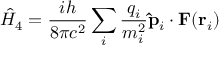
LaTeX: { \hat { H } } _ { 4 } = { \frac { i h } { 8 \pi c ^ { 2 } } } \sum _ { i } { \frac { q _ { i } } { m _ { i } ^ { 2 } } } \mathbf { \hat { p } } _ { i } \cdot \mathbf { F } ( \mathbf { r } _ { i } )